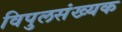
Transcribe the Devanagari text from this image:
विपुलसंख्यक